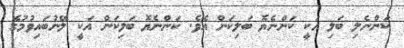
ކަންނެލި ބަލި އަކީ ކަންނެޔޮ ބަލިކަން އެވެ. ކަންނެޔޮ ބަލިކަން އަކީ ލޭނުބައިވުމުގެ